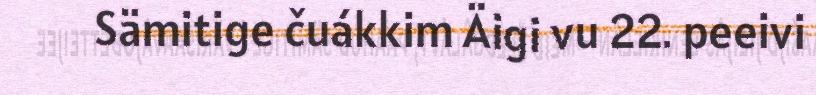
Sämitige čuákkim Äigi vu 22. peeivi